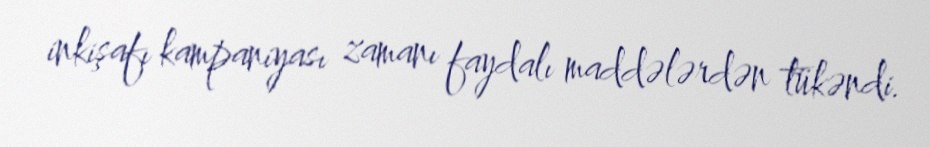
inkişafı kampaniyası zamanı faydalı maddələrdən tükəndi.